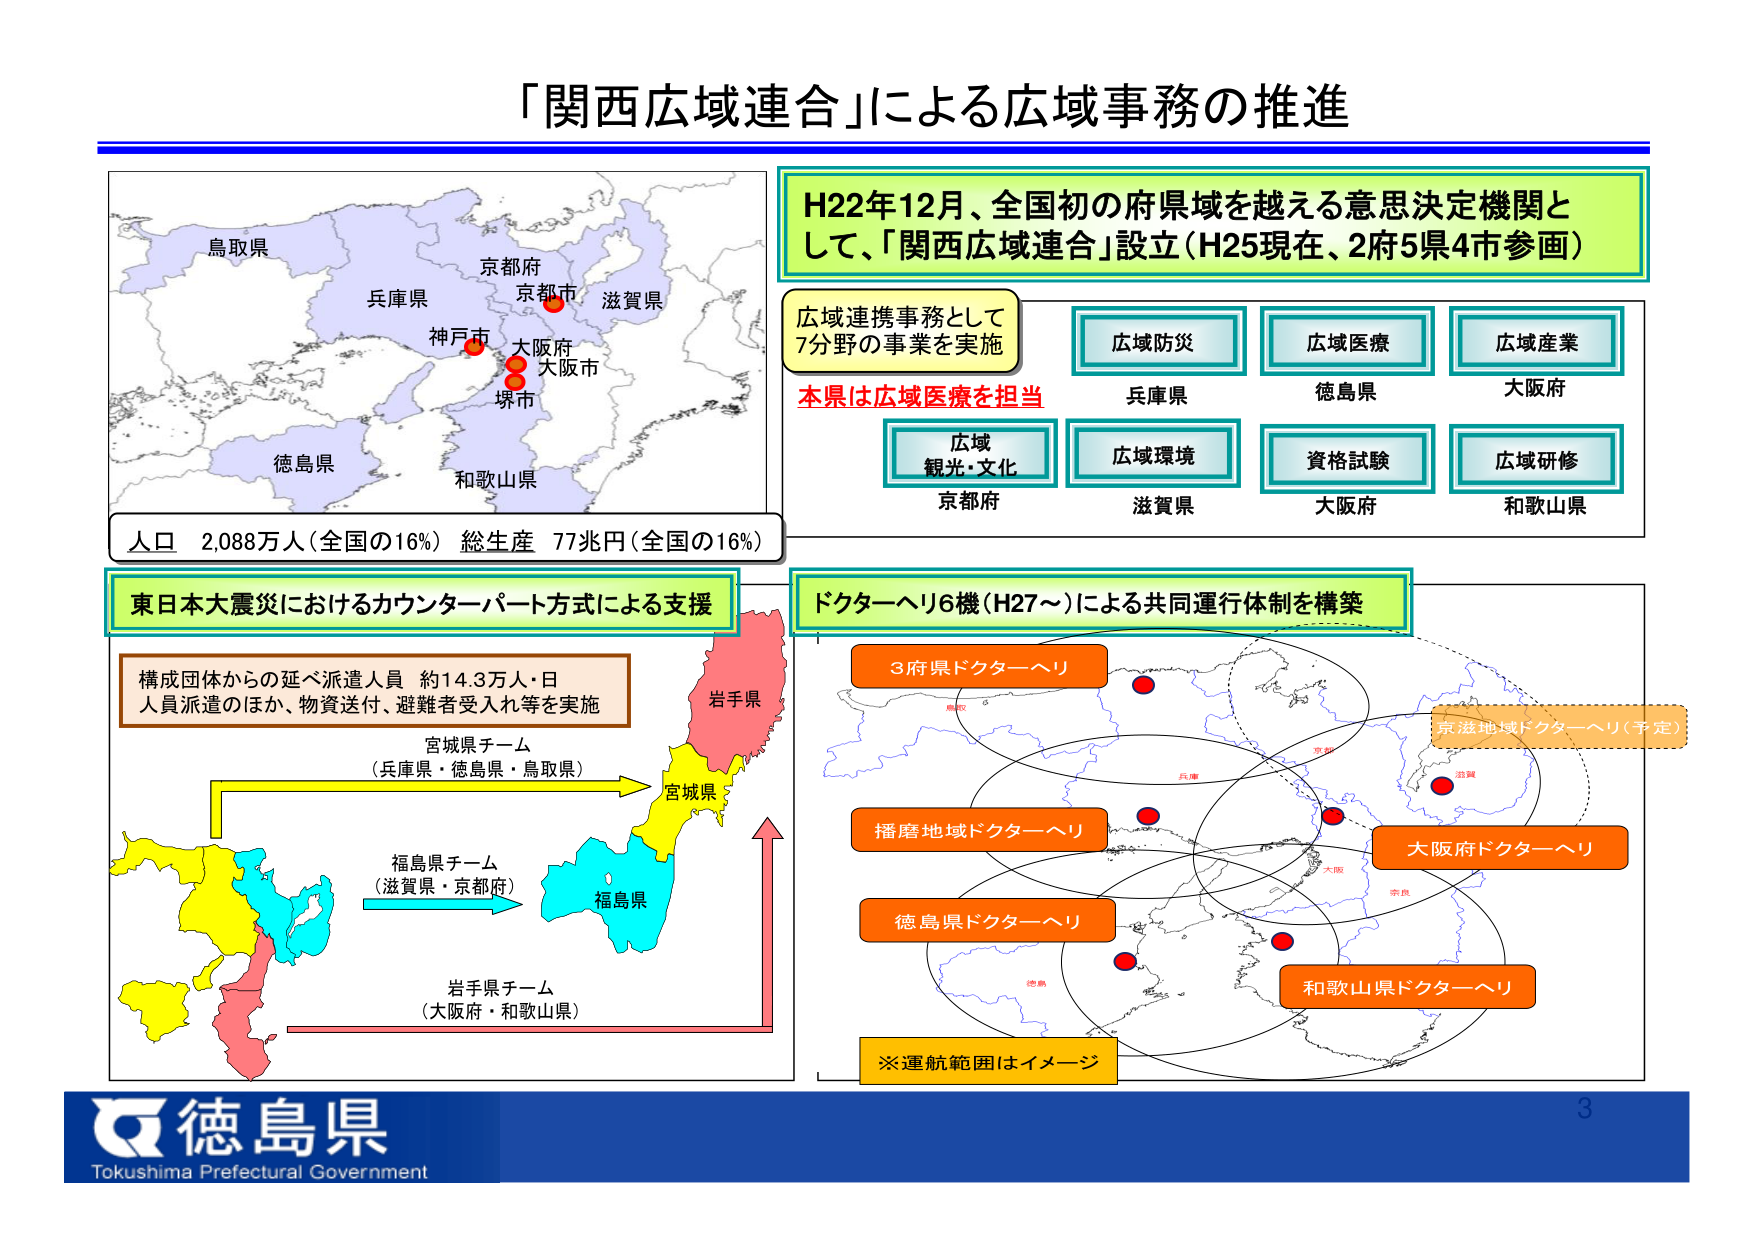
「関西広域連合」による広域事務の推進

H22年12月、全国初の府県域を越える意思決定機関として、「関西広域連合」設立（H25現在、2府5県4市参画）

広域連携事務として
7分野の事業を実施
本県は広域医療を担当

広域防災
兵庫県

広域医療
徳島県

広域産業
大阪府

広域観光・文化
京都府

広域環境
滋賀県

資格試験
大阪府

広域研修
和歌山県

人口 2,088万人（全国の16%） 総生産 77兆円（全国の16%）

東日本大震災におけるカウンターパート方式による支援

構成団体からの延べ派遣人員 約14.3万人・日
人員派遣のほか、物資送付、避難者受入れ等を実施

宮城県チーム
（兵庫県・徳島県・鳥取県）

福島県チーム
（滋賀県・京都府）

岩手県チーム
（大阪府・和歌山県）

ドクターヘリ6機（H27～）による共同運行体制を構築

3府県ドクターヘリ

播磨地域ドクターヘリ

徳島県ドクターヘリ

大阪府ドクターヘリ

和歌山県ドクターヘリ

京滋地域ドクターヘリ（予定）

※運航範囲はイメージ

鳥取県
兵庫県
京都府
京都市
滋賀県
神戸市
大阪府
大阪市
堺市
徳島県
和歌山県

岩手県
宮城県
福島県

徳島県
Tokushima Prefectural Government

3